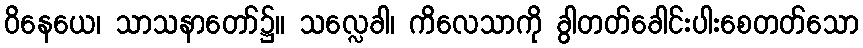
ဝိနေယေ၊ သာသနာတော်၌။ သလ္လေခါ၊ ကိလေသာကို ခွါတတ်ခေါင်းပါးစေတတ်သော